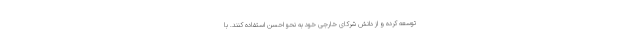
توسعه کرده و از دانش شرکای خارجی خود به نحو احسن استفاده کنند. با